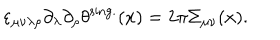
\varepsilon _ { \mu \nu \lambda \rho } \partial _ { \lambda } \partial _ { \rho } \theta ^ { \mathrm { s i n g . } } ( x ) = 2 \pi \Sigma _ { \mu \nu } ( x ) .